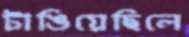
টাঙিয়েছিলে